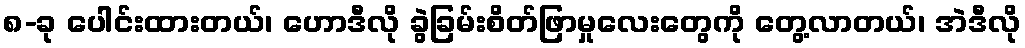
၈-ခု ပေါင်းထားတယ်၊ ဟောဒီလို ခွဲခြမ်းစိတ်ဖြာမှုလေးတွေကို တွေ့လာတယ်၊ အဲဒီလို